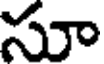
సూ